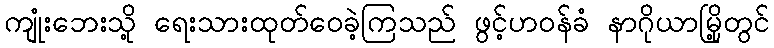
ကျုံးဘေးသို့ ရေးသားထုတ်ဝေခဲ့ကြသည် ဖွင့်ဟဝန်ခံ နာဂိုယာမြို့တွင်